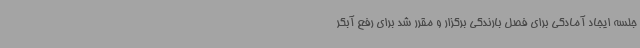
جلسه ایجاد آمادگی برای فصل بارندگی برگزار و مقرر شد برای رفع آبگر